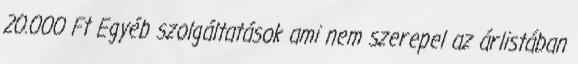
20.000 Ft Egyéb szolgáltatások ami nem szerepel az árlistában